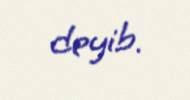
deyib.